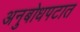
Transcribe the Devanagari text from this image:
अनुबोधपटात